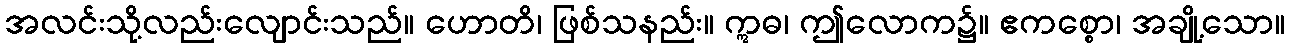
အလင်းသို့လည်းလျောင်းသည်။ ဟောတိ၊ ဖြစ်သနည်း။ ဣဓ၊ ဤလောက၌။ ဧကစ္စော၊ အချို့သော။